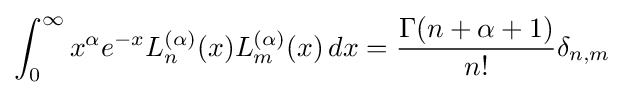
\int _{0}^{\infty }x^{\alpha }e^{-x}L_{n}^{(\alpha )}(x)L_{m}^{(\alpha )}(x)\,dx={\frac {\Gamma (n+\alpha +1)}{n!}}\delta _{n,m}~